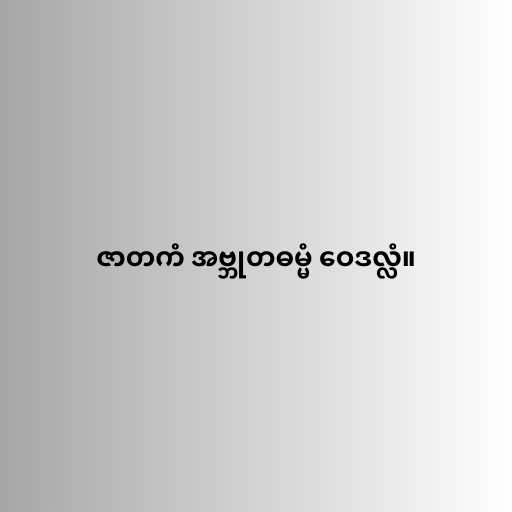
ဇာတကံ အဗ္ဘုတဓမ္မံ ဝေဒလ္လံ။